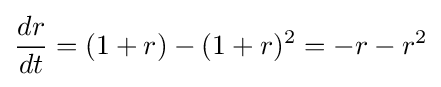
{\frac {dr}{dt}}=(1+r)-(1+r)^{2}=-r-r^{2}